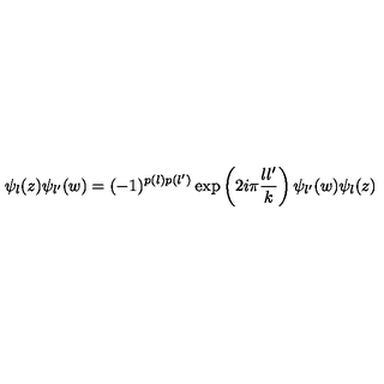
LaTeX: \psi _ { l } ( z ) \psi _ { l ^ { \prime } } ( w ) = ( - 1 ) ^ { p ( l ) p ( l ^ { \prime } ) } \exp \left( 2 i \pi { \frac { l l ^ { \prime } } { k } } \right) \psi _ { l ^ { \prime } } ( w ) \psi _ { l } ( z )